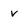
Character: v